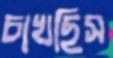
চাখছিস